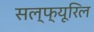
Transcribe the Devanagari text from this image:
सल्फ्यूरिल